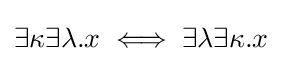
\exists \kappa \exists \lambda .x\iff \exists \lambda \exists \kappa .x